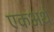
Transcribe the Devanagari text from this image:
एकअर्थ